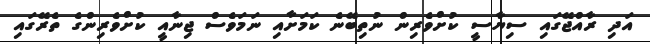
އަދި ރާއްޖޭގައި ސިޔާސީ ކުށްވެރިން ނުތިބޭނެ ކަމަށާއި ނަމަވެސް ޖިނާއީ ކުށްވެރިންގެ ތެރޭގައި